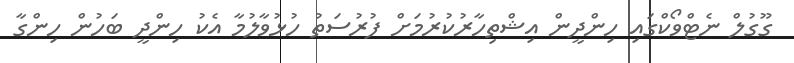
ގޫގުލް ނެޓްވޯކްގައި ހިންދީން އިޝްތިހާރުކުރުމަށް ފުރުސަތު ހުޅުވާލުމާ އެކު ހިންދީ ބަހުން ހިންގާ